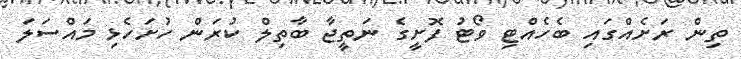
ތިން ރަށެއްގައި ބެހެއްޓި ވޯޓު ފޮށީގެ ނަތީޖާ ބާތިލް ކުރަން ހުށަހެޅި މައްސަލަ